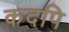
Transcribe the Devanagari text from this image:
कदपि